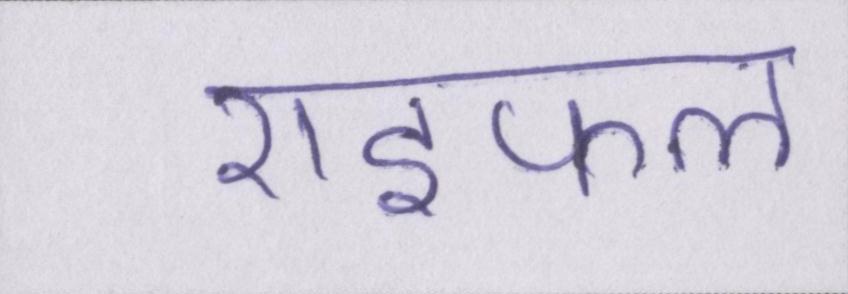
राइफल